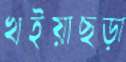
খইয়াছড়া